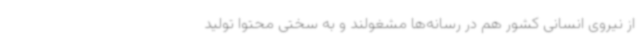
از نیروی انسانی کشور هم در رسانه‌ها مشغولند و به سختی محتوا تولید